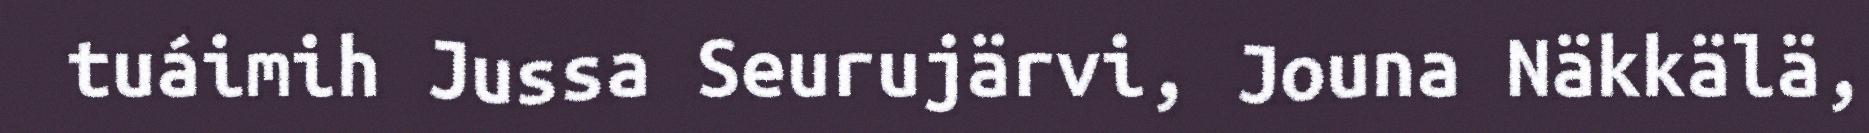
tuáimih Jussa Seurujärvi, Jouna Näkkälä,